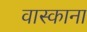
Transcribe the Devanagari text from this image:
वास्काना